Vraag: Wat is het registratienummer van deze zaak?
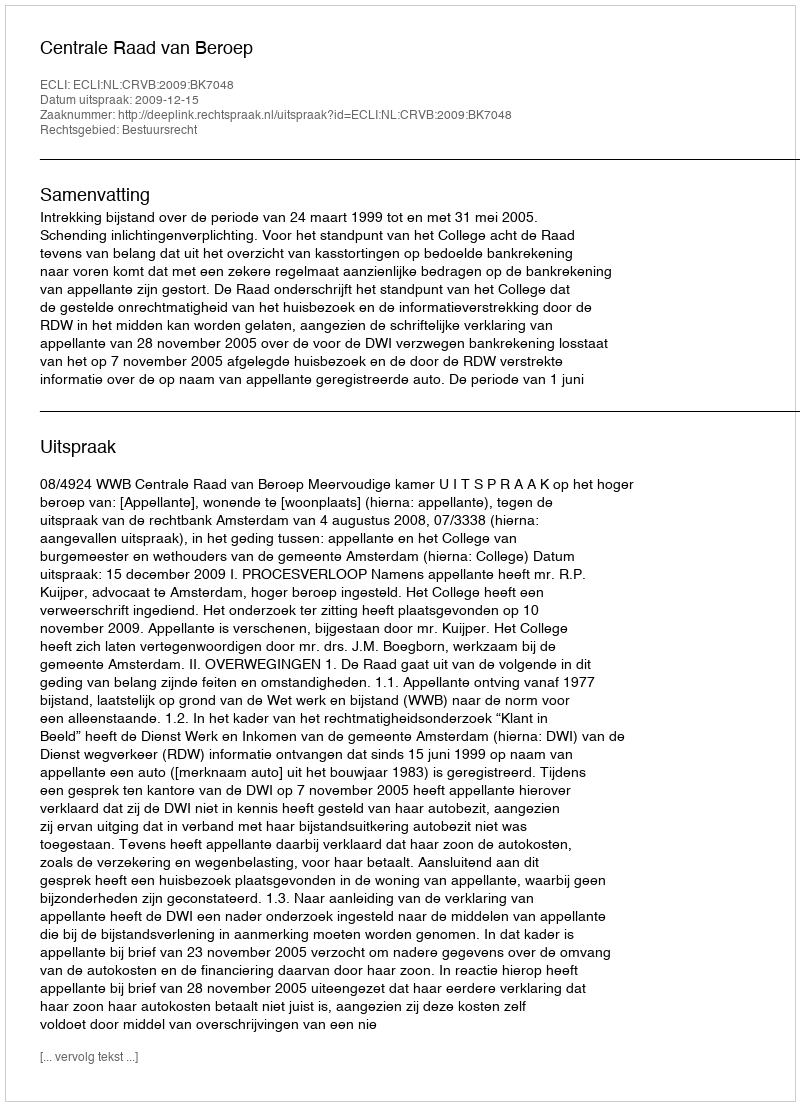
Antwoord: http://deeplink.rechtspraak.nl/uitspraak?id=ECLI:NL:CRVB:2009:BK7048